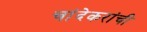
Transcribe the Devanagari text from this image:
चांदेकरांची